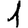
Digit: 1